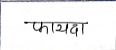
मजकूर: फायदा